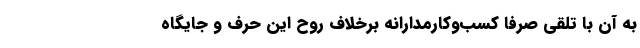
به آن با تلقی صرفا کسب‌وکار‌مدارانه برخلاف روح این حِرَف و جایگاه